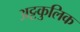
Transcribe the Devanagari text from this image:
अट्टकुलिक